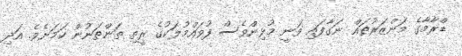
ޑްރާމާގެ މަންޒަރުތައް ނަގާފައި ވަނީ މުޅިންވެސް ފުވައްމުލަކުގެ ރީތި ތަންތަނުން ކަމަށެވެ. އަދި